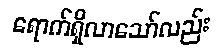
ရောက်ရှိလာသော်လည်း